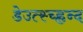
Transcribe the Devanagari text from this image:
डेउत्स्च्ह्लन्द